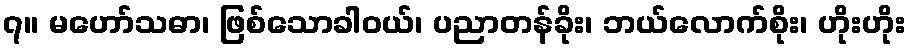
၇။ မဟော်သဓာ၊ ဖြစ်သောခါဝယ်၊ ပညာတန်ခိုး၊ ဘယ်လောက်စိုး၊ ဟိုးဟိုး